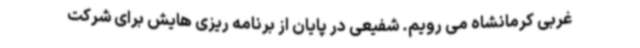
غربی کرمانشاه می رویم. شفیعی در پایان از برنامه ریزی هایش برای شرکت